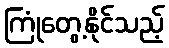
ကြုံတွေ့နိုင်သည့်